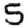
Digit: 5